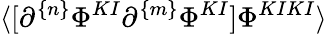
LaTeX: \langle[\partial^{\{ n\} }\Phi^{KI}\partial^{\{ m\} }\Phi^{KI}]\Phi^{KIKI}\rangle